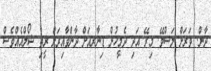
ދާން. ވަރަަށް ލަސްވޭ. މިރޭ އަދި ދެމީހުން ޑިނާރއަށް ދާންވާއިރަށް ރީތި ޝޯލްއެެއްވެސް